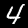
Label: 4